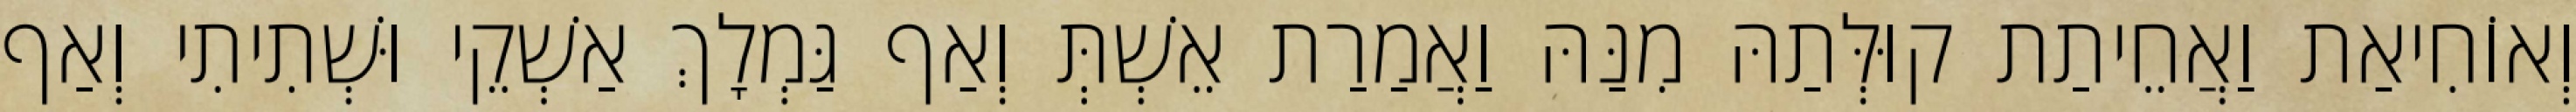
וְאוֹחִיאַת וַאֲחֵיתַת קוּלְּתַהּ מִנַּהּ וַאֲמַרַת אֵשְׁתְּ וְאַף גַּמְלָךְ אַשְׁקֵי וּשְׁתִיתִי וְאַף